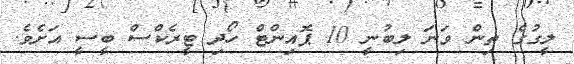
ލީގުގެ ތިން ވަނަ ލިބުނީ 10 ޕޮއިންޓް ހޯދި ޓީރެކްސް ބީސީ އަށެވެ.